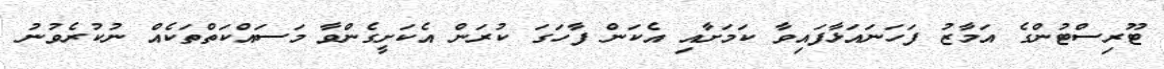
ޓޫރިސްޓުންގެ އަމާޒު ފަހަނައަޅާފައިވާ ކަމަށާއި އެކަން ފާހަގަ ކުރަން އެކަށީގެންވާ މަސައްކަތްތަކެއް ނުކުރެވުނު